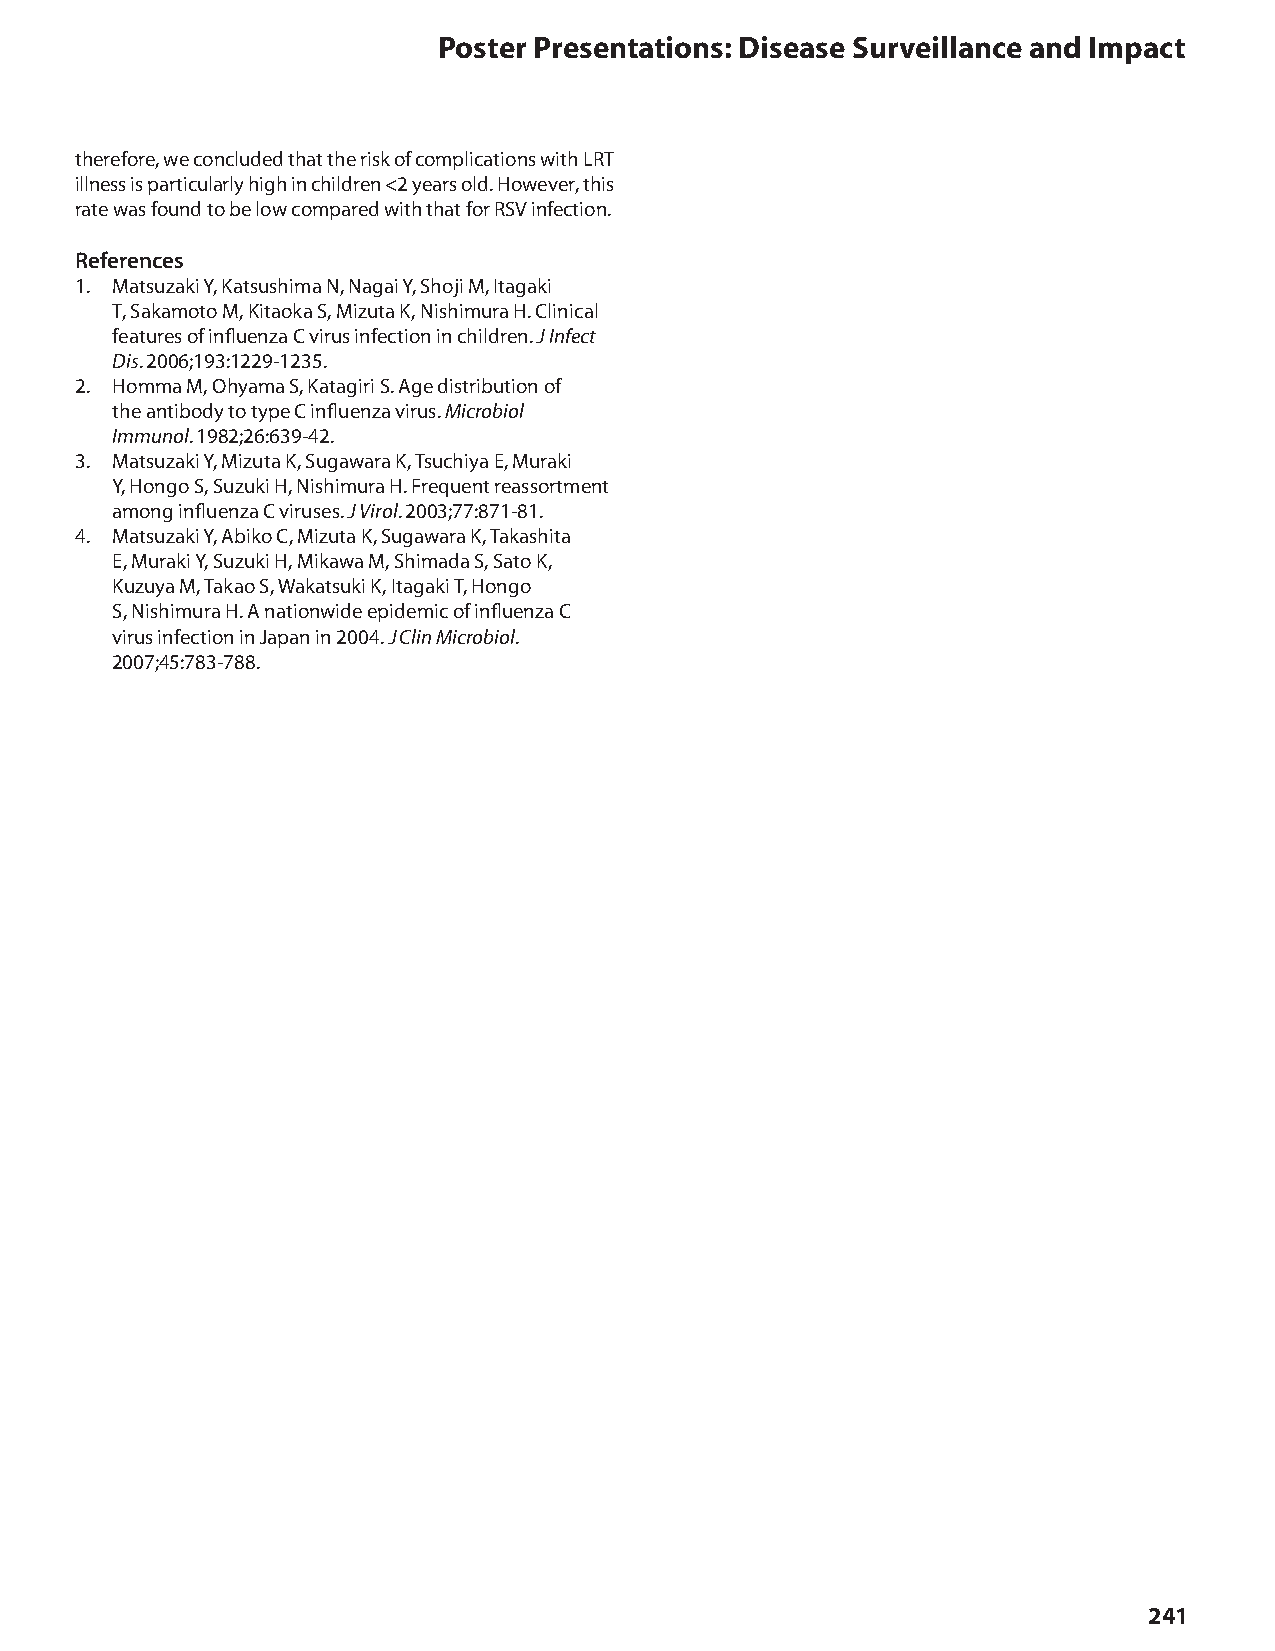
Poster Presentations: Disease Surveillance and Impact
 therefore, we concluded that the risk of complications with LRT
 illness is particularly high in children <2 years old. However, this
 rate was found to be low compared with that for RSV infection.
 References
 1. Matsuzaki Y, Katsushima N, Nagai Y, Shoji M, Itagaki
 T, Sakamoto M, Kitaoka S, Mizuta K, Nishimura H. Clinical
 features of influenza C virus infection in children. J Infect
 Dis. 2006;193:1229-1235.
 2. Homma M, Ohyama S, Katagiri S. Age distribution of
 the antibody to type C influenza virus. Microbiol
 Immunol. 1982;26:639-42.
 3. Matsuzaki Y, Mizuta K, Sugawara K, Tsuchiya E, Muraki
 Y, Hongo S, Suzuki H, Nishimura H. Frequent reassortment
 among influenza C viruses. J Virol. 2003;77:871-81.
 4. Matsuzaki Y, Abiko C, Mizuta K, Sugawara K, Takashita
 E, Muraki Y, Suzuki H, Mikawa M, Shimada S, Sato K,
 Kuzuya M, Takao S, Wakatsuki K, Itagaki T, Hongo
 S, Nishimura H. A nationwide epidemic of influenza C
 virus infection in Japan in 2004. J Clin Microbiol.
 2007;45:783-788.
 241